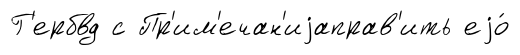
Г'ербвд с Пр'им'ечан'иjаправ'ить еjо́